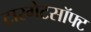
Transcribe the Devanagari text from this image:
टारगेटसॉफ्ट